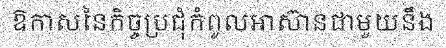
ឱកាសនៃកិច្ចប្រជុំកំពូលអាស៊ានជាមួយនឹង